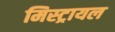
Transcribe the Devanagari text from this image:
मिस्ट्रायल